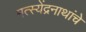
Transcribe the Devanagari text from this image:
मत्स्येंद्रनाथांचे